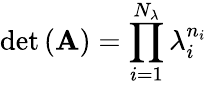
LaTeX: \operatorname*{det}\left(\mathbf{A}\right)=\prod_{i=1}^{N_{\lambda}}{\lambda_{i}^{n_{i}}}